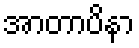
အာတာပိနာ